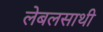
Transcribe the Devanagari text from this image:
लेबलसाथी